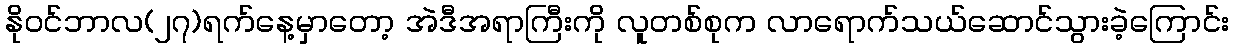
နိုဝင်ဘာလ(၂၇)ရက်နေ့မှာတော့ အဲဒီအရာကြီးကို လူတစ်စုက လာရောက်သယ်ဆောင်သွားခဲ့ကြောင်း